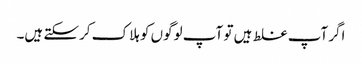
اگر آپ غلط ہیں تو آپ لوگوں کو ہلاک کرسکتے ہیں۔